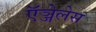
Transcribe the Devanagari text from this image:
ऍञ्जेलेस